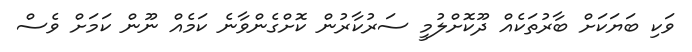
ވަކި ބަޔަކަށް ބާރުތަކެއް ދޫކޮށްލުމީ ސަރުކާރުން ކޮށްގެންވާނެ ކަމެއް ނޫން ކަމަށް ވެސް